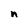
Character: n